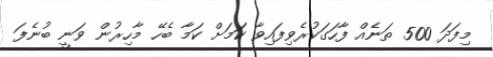
މިފަދަ 500 ތަނެއް ފާހަގަކުރެވިފައިވާ ކަމަށް ކަމާ ބެހޭ މާހިރުން ވަނީ ބުނެފަ